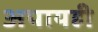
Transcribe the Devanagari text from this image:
अपायही